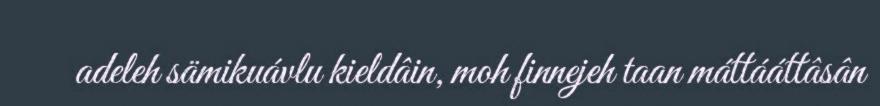
adeleh sämikuávlu kieldâin, moh finnejeh taan máttááttâsân